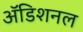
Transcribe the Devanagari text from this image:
अॅडिशनल